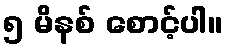
၅ မိနစ် စောင့်ပါ။